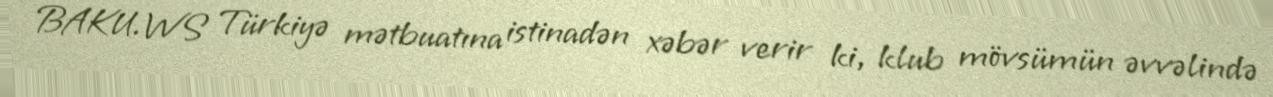
BAKU.WS Türkiyə mətbuatına istinadən xəbər verir ki, klub mövsümün əvvəlində